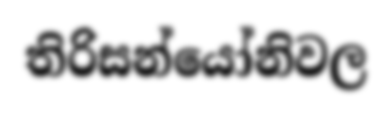
තිරිසන්යෝනිවල